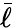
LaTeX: \bar{\ell}